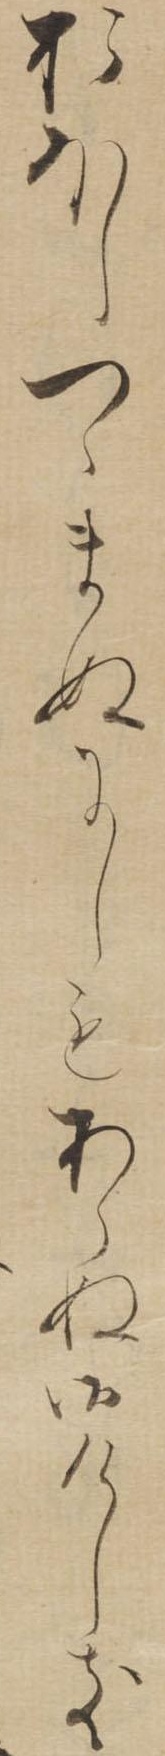
おほしつゝまぬにしもあらぬ御けしき